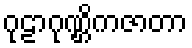
ဂုဠာဂုဏ္ဌိကဇာတာ